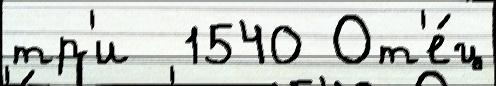
тр'и  1540 От'е́ц